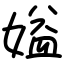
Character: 㜋